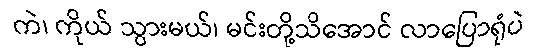
ကဲ၊ ကိုယ် သွားမယ်၊ မင်းတို့သိအောင် လာပြောရုံပဲ